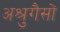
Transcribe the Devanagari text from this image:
अश्रुगैसों